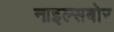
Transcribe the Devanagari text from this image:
नाइल्सबोर